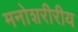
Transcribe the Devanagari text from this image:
मनोशरीरीय